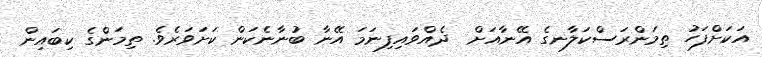
އަކަށްފަހު ތިމަންރަސްކަލާނގެ އޭނާއަށް  ދެއްވައިފިނަމަ އޭނާ ބުނާނެކަން ކަށަވަރެވެ. ތިމަންގެ ކިބައިން